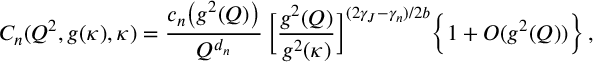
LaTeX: C _ { n } ( Q ^ { 2 } , g ( \kappa ) , \kappa ) = { \frac { c _ { n } \bigl ( g ^ { 2 } ( Q ) \bigr ) } { Q ^ { d _ { n } } } } \, \biggl [ { \frac { g ^ { 2 } ( Q ) } { g ^ { 2 } ( \kappa ) } } \biggr ] ^ { ( 2 \gamma _ { J } - \gamma _ { n } ) / 2 b } \Bigl \{ 1 + { \cal O } ( g ^ { 2 } ( Q ) ) \Bigr \} \, ,